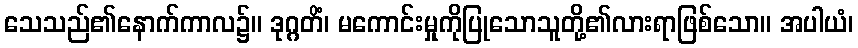
သေသည်၏နောက်ကာလ၌။ ဒုဂ္ဂတိံ၊ မကောင်းမှုကိုပြုသောသူတို့၏လားရာဖြစ်သော။ အပါယံ၊